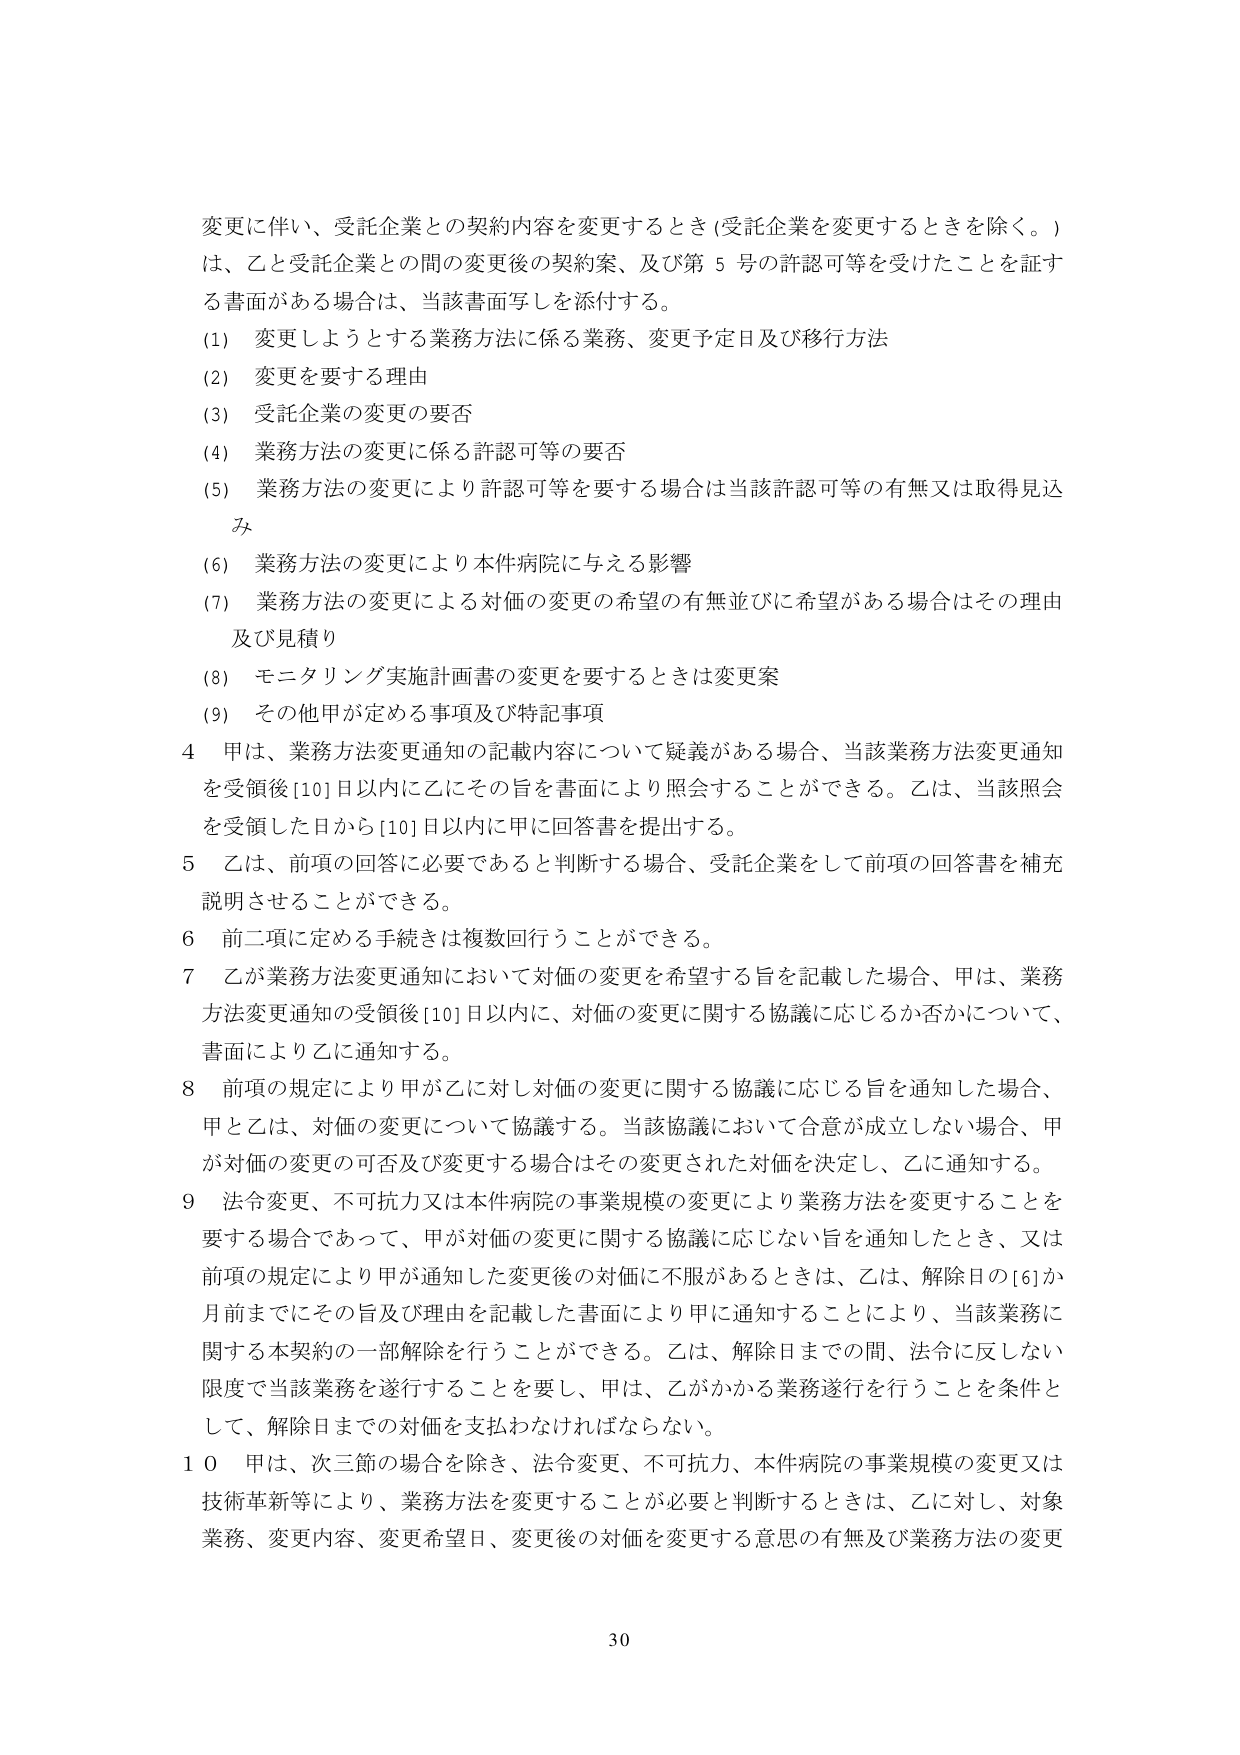
変更に伴い、受託企業との契約内容を変更するとき（受託企業を変更するときを除く。）
は、乙と受託企業との間の変更後の契約案、及び第５号の許認可等を受けたことを証する書面がある場合は、当該書面写しを添付する。

(1) 変更しようとする業務方法に係る業務、変更予定日及び移行方法
(2) 変更を要する理由
(3) 受託企業の変更の要否
(4) 業務方法の変更に係る許認可等の要否
(5) 業務方法の変更により許認可等を要する場合は当該許認可等の有無又は取得見込み
(6) 業務方法の変更により本件病院に与える影響
(7) 業務方法の変更による対価の変更の希望の有無並びに希望がある場合はその理由及び見積り
(8) モニタリング実施計画書の変更を要するときは変更案
(9) その他甲が定める事項及び特記事項

4 甲は、業務方法変更通知の記載内容について疑義がある場合、当該業務方法変更通知を受領後[10]日以内に乙にその旨を書面により照会することができる。乙は、当該照会を受領した日から[10]日以内に甲に回答書を提出する。

5 乙は、前項の回答に必要であると判断する場合、受託企業として前項の回答書を補充説明させることができる。

6 前二項に定める手続きは複数回行うことができる。

7 乙が業務方法変更通知において対価の変更を希望する旨を記載した場合、甲は、業務方法変更通知の受領後[10]日以内に、対価の変更に関する協議に応じるか否かについて、書面により乙に通知する。

8 前項の規定により甲が乙に対し対価の変更に関する協議に応じる旨を通知した場合、甲と乙は、対価の変更について協議する。当該協議において合意が成立しない場合、甲が対価の変更の可否及び変更する場合はその変更された対価を決定し、乙に通知する。

9 法令変更、不可抗力又は本件病院の事業規模の変更により業務方法を変更することを要する場合であって、甲が対価の変更に関する協議に応じない旨を通知したとき、又は前項の規定により甲が通知した変更後の対価に不服があるときは、乙は、解除日の[6]か月前までにその旨及び理由を記載した書面により甲に通知することにより、当該業務に関する本契約の一部解除を行うことができる。乙は、解除日までの間、法令に反しない限度で当該業務を遂行することを要し、甲は、乙がかかる業務遂行を行うことを条件として、解除日までの対価を支払わなければならない。

10 甲は、次三節の場合を除き、法令変更、不可抗力、本件病院の事業規模の変更又は技術革新等により、業務方法を変更することが必要と判断するときは、乙に対し、対象業務、変更内容、変更希望日、変更後の対価を変更する意思の有無及び業務方法の変更

30